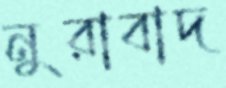
নুরাবাদ